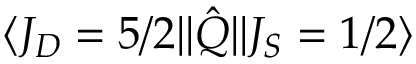
\langle J _ { D } = 5 / 2 \rvert \lvert \hat { Q } \rvert \lvert J _ { S } = 1 / 2 \rangle